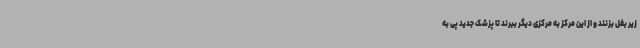
زیر بغل بزنند و از این مرکز به مرکزی دیگر ببرند تا پزشک جدید پی به